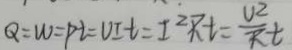
Q = W = P t = U I t = I ^ { 2 } R t = \frac { U ^ { 2 } } { R t }